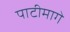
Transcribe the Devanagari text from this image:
पाटीमागे